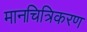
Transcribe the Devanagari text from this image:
मानचित्रिकरण